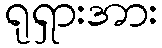
ရုရှားအား